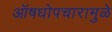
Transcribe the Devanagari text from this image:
ऑषधोपचारामुळे